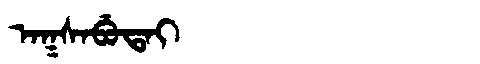
Manchu: ᠠᡴᠰᠠᠪᡠᡨᠠᡳ
Romanization: AKSABUTAI